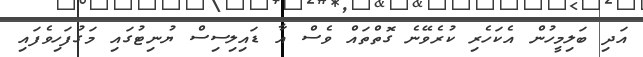
އަދި ބަލިމީހުން އެކަހެރި ކުރެވޭނެ ގޮތްތައް ވެސް އާ ޑައިލިސިސް ޔުނިޓުގައި މަގުފަހިވެފައި